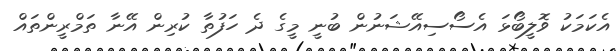
އެކަމަކު ވޮލީބޯޅަ އެސޯސިއޭޝަނުން ބުނީ މީގެ ދެ ހަފުތާ ކުރިން އޭނާ ތަމްރީންތައް